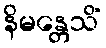
နိမန္တေသိံ